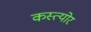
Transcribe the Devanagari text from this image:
कस्त्योर